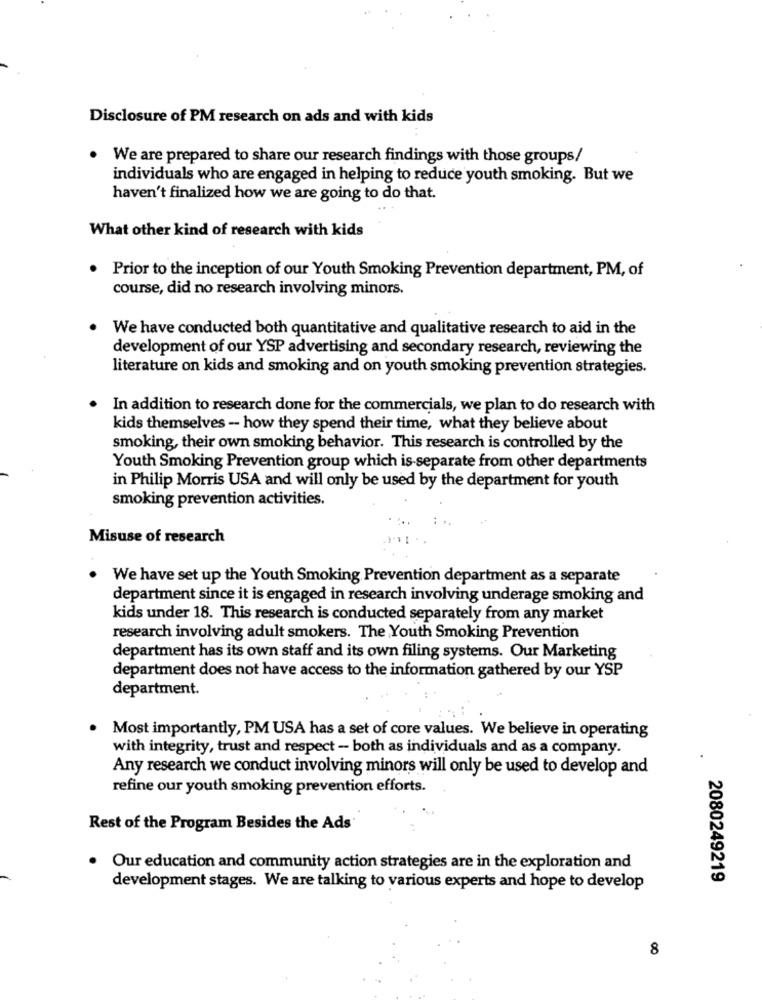
Disclosure of PM research on ads and with kids
We are prepared to share our research findings with those groups/
individuals who are engaged in helping to reduce youth smoking. But we
haven't finalized how we are going to do that.
What other kind of research with kids
. Prior to the inception of our Youth Smoking Prevention department, PM, of
course, did no research involving minors.
We have conducted both quantitative and qualitative research to aid in the
development of our YSP advertising and secondary research, reviewing the
literature on kids and smoking and on youth smoking prevention strategies.
In addition to research done for the commercials, we plan to do research with
kids themselves - how they spend their time, what they believe about
smoking, their own smoking behavior. This research is controlled by the
Youth Smoking Prevention group which is-separate from other departments
in Philip Morris USA and will only be used by the department for youth
smoking prevention activities.
Misuse of research
We have set up the Youth Smoking Prevention department as a separate
department since it is engaged in research involving underage smoking and
kids under 18. This research is conducted separately from any market
research involving adult smokers. The Youth Smoking Prevention
department has its own staff and its own filing systems. Our Marketing
department does not have access to the information gathered by our YSP
department.
· Most importantly, PM USA has a set of core values. We believe in operating
with integrity, trust and respect - both as individuals and as a company.
.
Any research we conduct involving minors will only be used to develop and
refine our youth smoking prevention efforts.
Rest of the Program Besides the Ads
Our education and community action strategies are in the exploration and
2080249219
development stages. We are talking to various experts and hope to develop
8